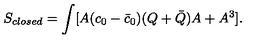
S _ { c l o s e d } = \int [ A ( c _ { 0 } - \bar { c } _ { 0 } ) ( Q + \bar { Q } ) A + A ^ { 3 } ] .